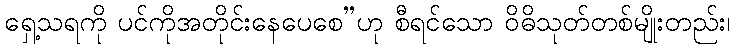
ရှေ့သရကို ပင်ကိုအတိုင်းနေပေစေ”ဟု စီရင်သော ဝိဓိသုတ်တစ်မျိုးတည်း၊